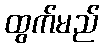
ထွက်မည်